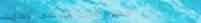
مطعم البيت اللبناني الأصي